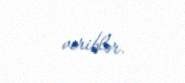
veriblər.